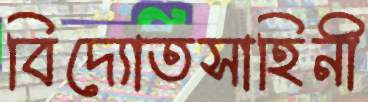
বিদ্যোতসাহিনী